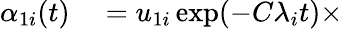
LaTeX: \begin{array}{rl}{\alpha_{1i}(t)}&{{}=u_{1i}\exp(-C\lambda_{i}t)\times}\end{array}